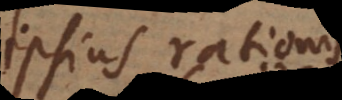
ipsius rationis.